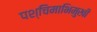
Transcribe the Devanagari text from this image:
पश्चिमाभिमुखी